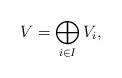
LaTeX: \begin{align*} V = \bigoplus_{i\in I} V_{i},\end{align*}